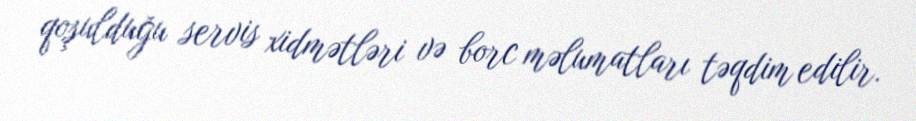
qoşulduğu servis xidmətləri və borc məlumatları təqdim edilir.